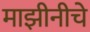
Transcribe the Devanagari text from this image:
माझीनीचे